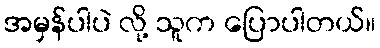
အမှန်ပါပဲ လို့ သူက ပြောပါတယ်။